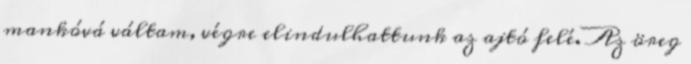
mankóvá váltam, végre elindulhattunk az ajtó felé. Az öreg